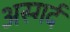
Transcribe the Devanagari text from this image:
अस्गर्द